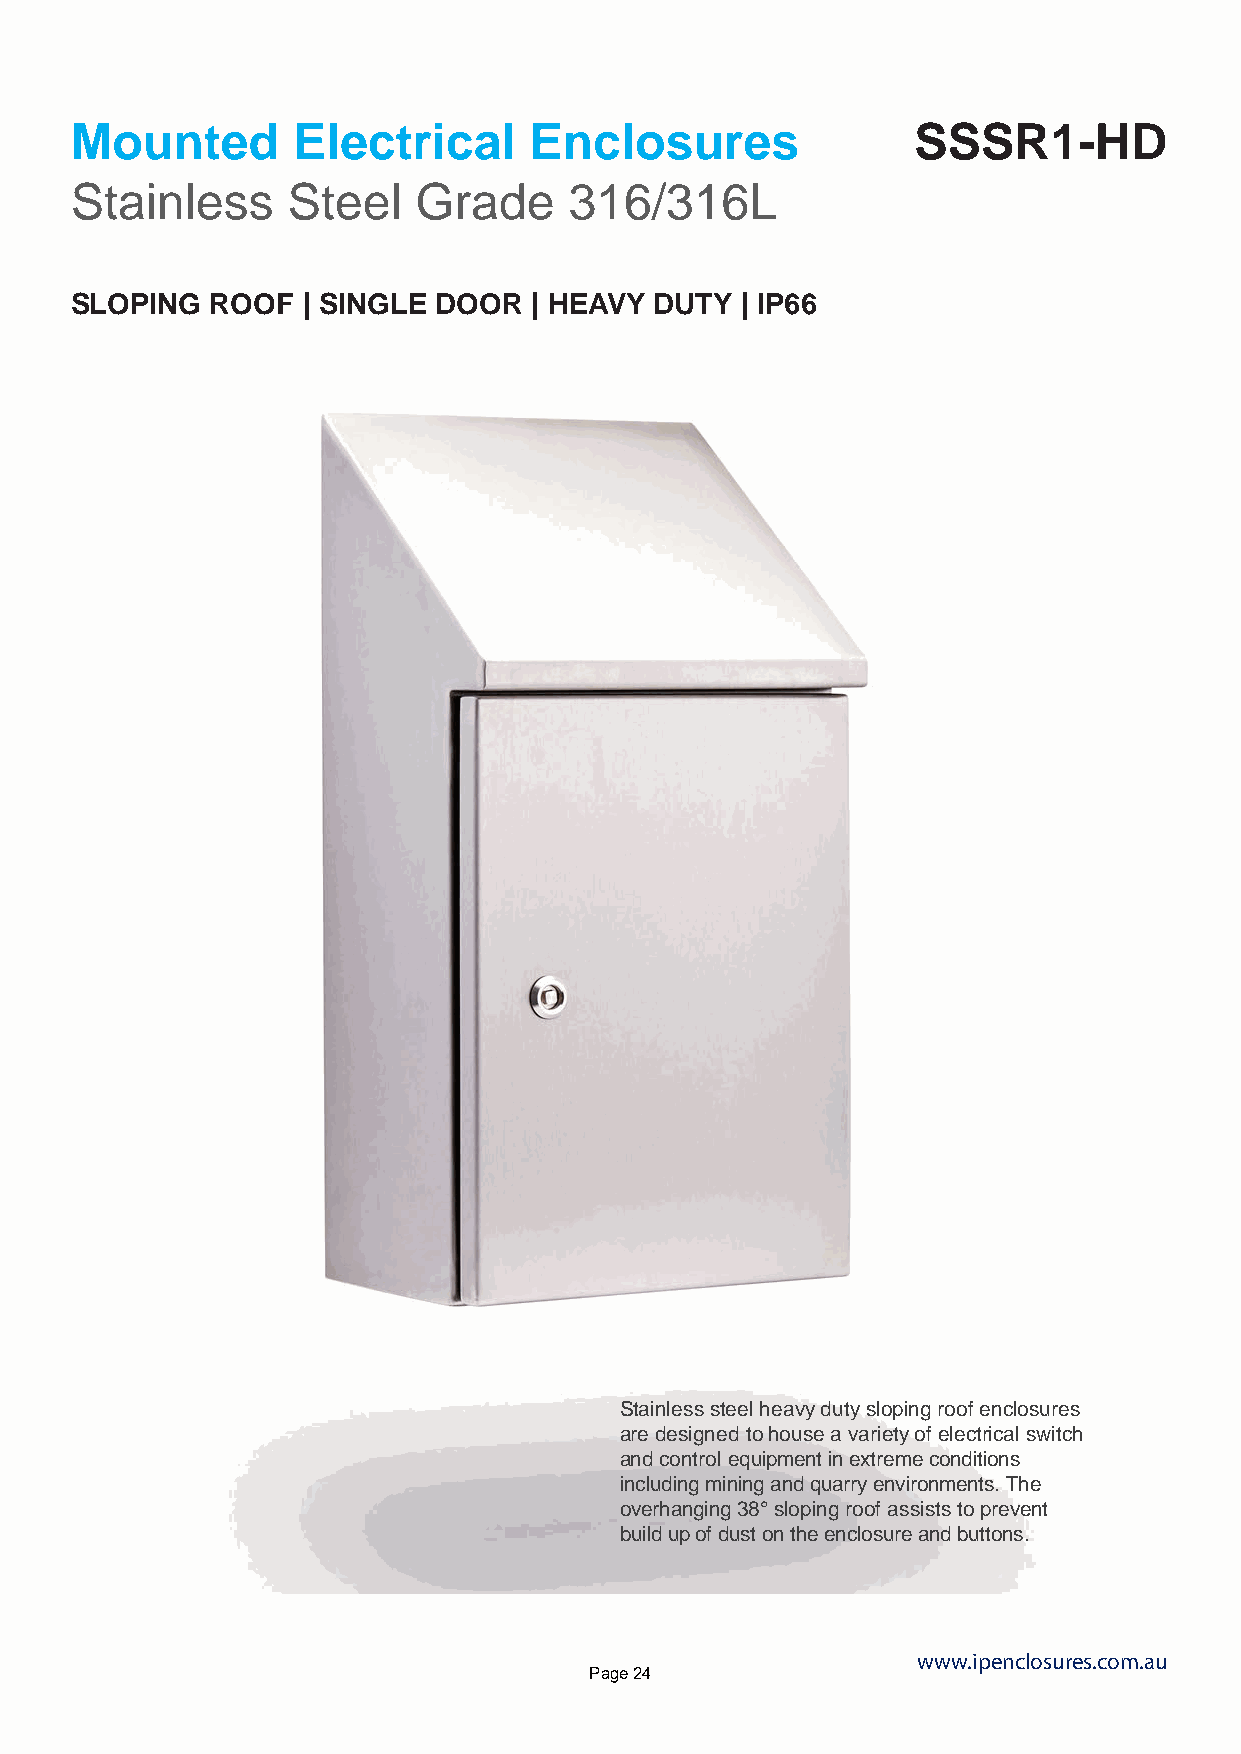
Mounted       Electrical      Enclosures               SSSR1-HD
 Stainless     Steel   Grade      316/316L
 SLOPING  ROOF  | SINGLE DOOR  | HEAVY DUTY  | IP66
 Stainless steel heavy duty sloping roof enclosures
 are designed to house a variety of electrical switch
 and control equipment in extreme conditions
 including mining and quarry environments. The
 overhanging 38° sloping roof assists to prevent
 build up of dust on the enclosure and buttons.
 www.ipenclosures.com.au
 Page 24